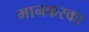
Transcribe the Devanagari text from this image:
मानकरका